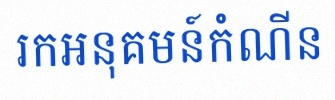
រកអនុគមន៍កំណើន